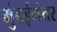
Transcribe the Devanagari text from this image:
मुंबईनंतर